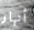
أنهار